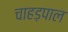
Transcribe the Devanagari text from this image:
चाहड़पाल